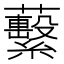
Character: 蘻